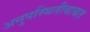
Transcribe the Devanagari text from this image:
अनुपस्थितीबाबत